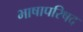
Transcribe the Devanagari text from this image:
भाषापरिषद